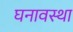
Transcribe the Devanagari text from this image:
घनावस्था